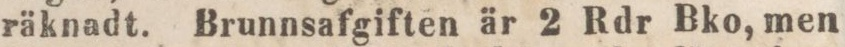
räknadt. Brunnsafgiften är 2 Rdr Bko, men